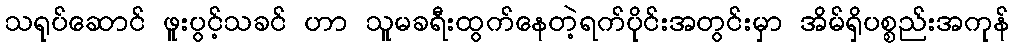
သရုပ်ဆောင် ဖူးပွင့်သခင် ဟာ သူမခရီးထွက်နေတဲ့ရက်ပိုင်းအတွင်းမှာ အိမ်ရှိပစ္စည်းအကုန်